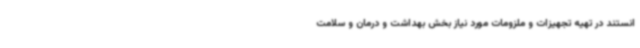
انستند در تهیه تجهیزات و ملزومات مورد نیاز بخش بهداشت و درمان و سلامت